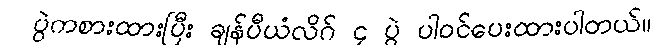
ပွဲကစားထားပြီး ချန်ပီယံလိဂ် ၄ ပွဲ ပါဝင်ပေးထားပါတယ်။